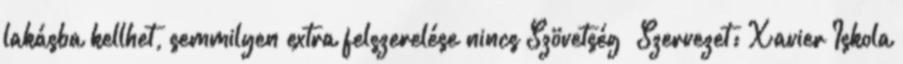
lakásba kellhet, semmilyen extra felszerelése nincs Szövetség Szervezet: Xavier Iskola